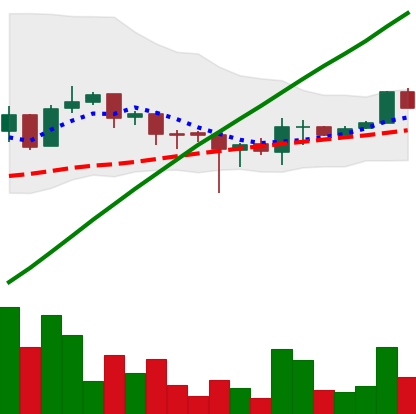
Ticker: LTC-USD
Chart end date: 2017-08-06
Forward return: 4.426%
Label: up_3_5